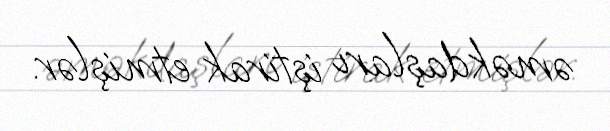
əməkdaşları iştirak etmişlər.